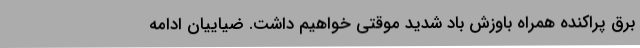
برق پراکنده همراه باوزش باد شدید موقتی خواهیم داشت. ضیاییان ادامه